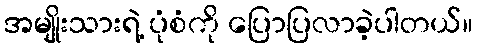
အမျိုးသားရဲ့ ပုံစံကို ပြောပြလာခဲ့ပါတယ်။